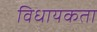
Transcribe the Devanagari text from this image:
विधायकता